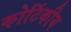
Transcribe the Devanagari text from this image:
कोर्टिकीय